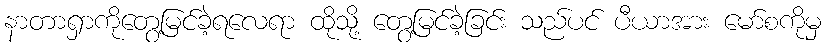
နာတာရှာကိုတွေ့မြင်ခဲ့ရလေရာ ထိုသို့ တွေ့မြင်ခဲ့ခြင်း သည်ပင် ပီယာအား မော်စကိုမှ